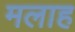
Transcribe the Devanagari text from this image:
मलाह